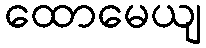
ထောမေယျ